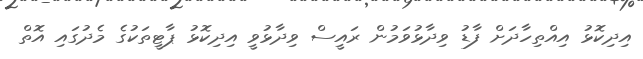
އިދިކޮޅު އިއްތިހާދަށް ފާޑު ވިދާޅުވަމުން ރައީސް ވިދާޅުވީ އިދިކޮޅު ޕާޓީތަކުގެ މެދުގައި އޮތް